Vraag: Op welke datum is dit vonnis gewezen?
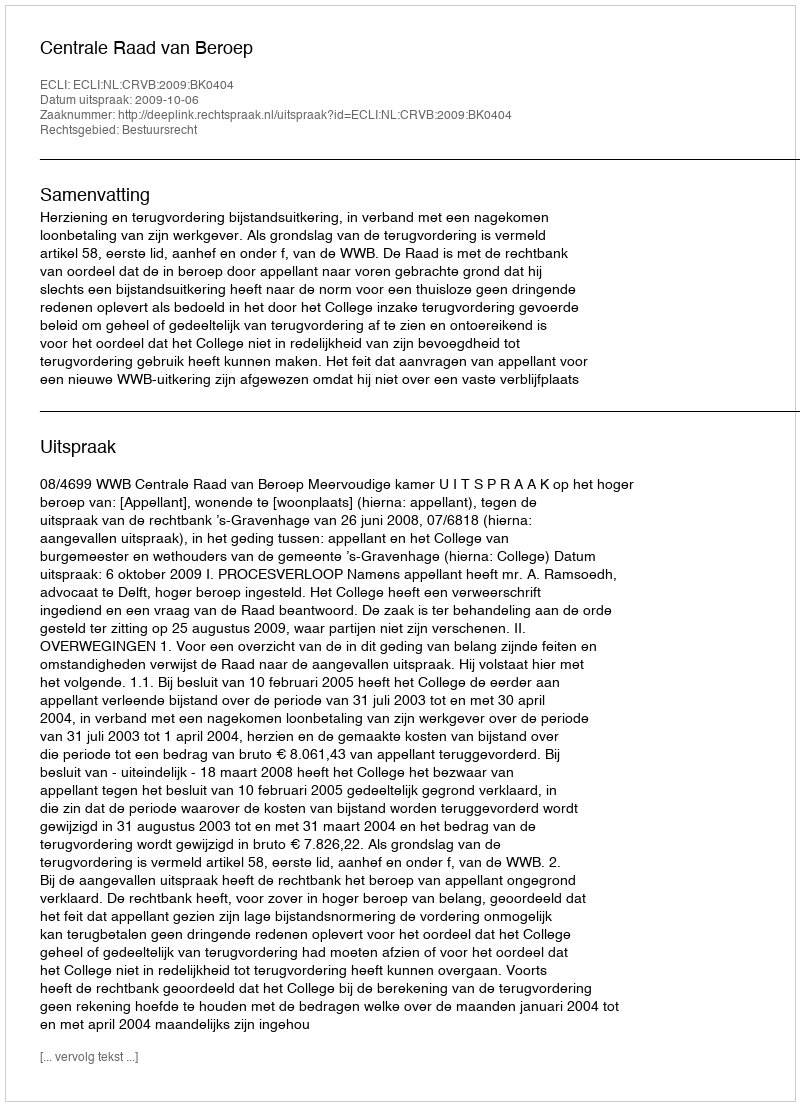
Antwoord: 2009-10-06